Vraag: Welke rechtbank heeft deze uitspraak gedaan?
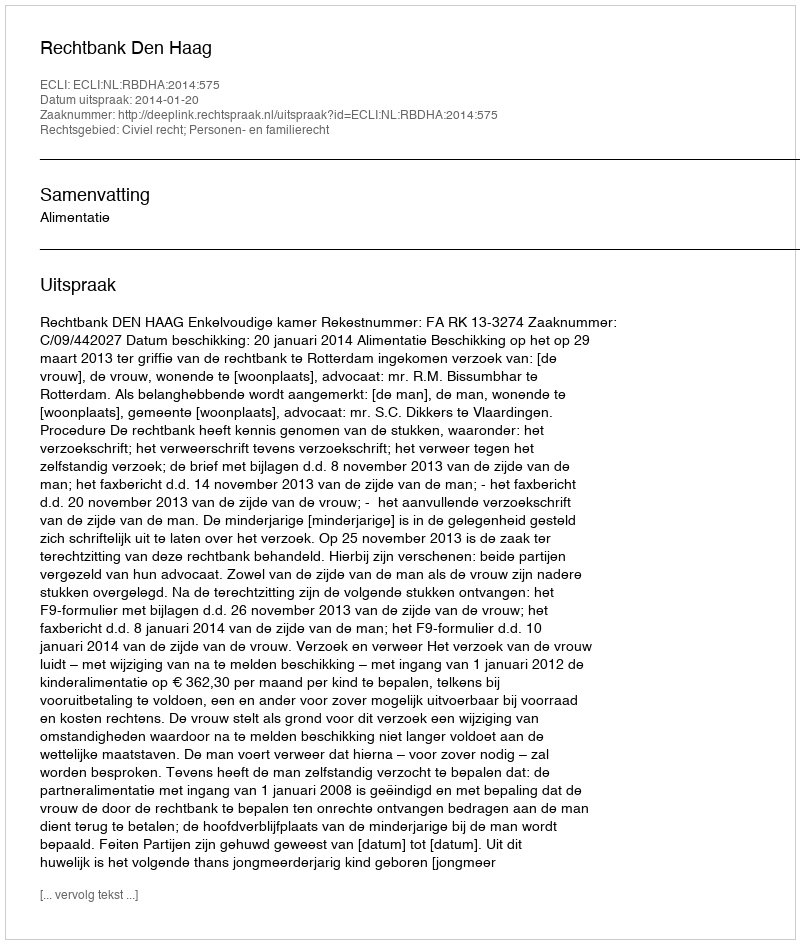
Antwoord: Rechtbank Den Haag